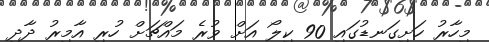
މިހާރު ހަށިގަނޑުގައި 90 ކިލޯ އަށް ވުރެ މައްޗަށް ހުރި އާމިރު ދާދި